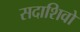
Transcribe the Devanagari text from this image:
सदाशिवो